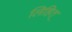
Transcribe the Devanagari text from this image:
लिहित्